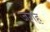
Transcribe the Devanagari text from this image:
जगंह